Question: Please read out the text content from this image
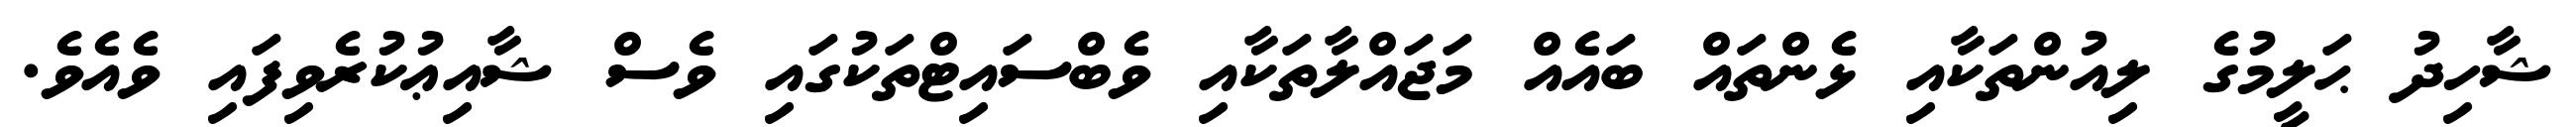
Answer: ޝާހިދު ޙަލީމުގެ ލިއުންތަކާއި ޅެންތައް ބައެއް މަޖައްލާތަކާއި ވެބްސައިޓްތަކުގައި ވެސް ޝާއިޢުކުރެވިފައި ވެއެވެ.